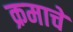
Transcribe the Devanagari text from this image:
क्रमाचे